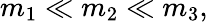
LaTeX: m_{1}\ll m_{2}\ll m_{3},